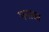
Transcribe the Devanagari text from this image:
पनासा